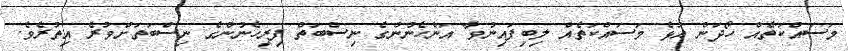
މަސައްކަތެއް ހޯދަން އުޅެ މަސައްކަތެއް ލިބިފައިނުވާ އަންހެނުންގެ ނިސްބަތް ފިރިހެނުންގެ ނިސްބަތަށްވުރެ އިތުރެވެ.